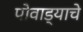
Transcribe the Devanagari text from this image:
पोवाड्याचे